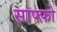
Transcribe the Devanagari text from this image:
साफ्फो